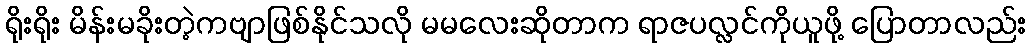
ရိုးရိုး မိန်းမခိုးတဲ့ကဗျာဖြစ်နိုင်သလို မမလေးဆိုတာက ရာဇပလ္လင်ကိုယူဖို့ ပြောတာလည်း